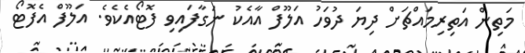
މަތިން އަތިރިމައްޗަށް ދިޔަ ދުވަހު އަލޫފް އާއެކު ނަގާފައިވި ފޮޓޯއެކެވެ. އަލޫފް އެފޮޓޯ